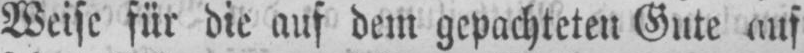
Weise für die auf dem gepachteten Gute auf